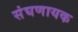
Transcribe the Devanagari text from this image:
संघणायक